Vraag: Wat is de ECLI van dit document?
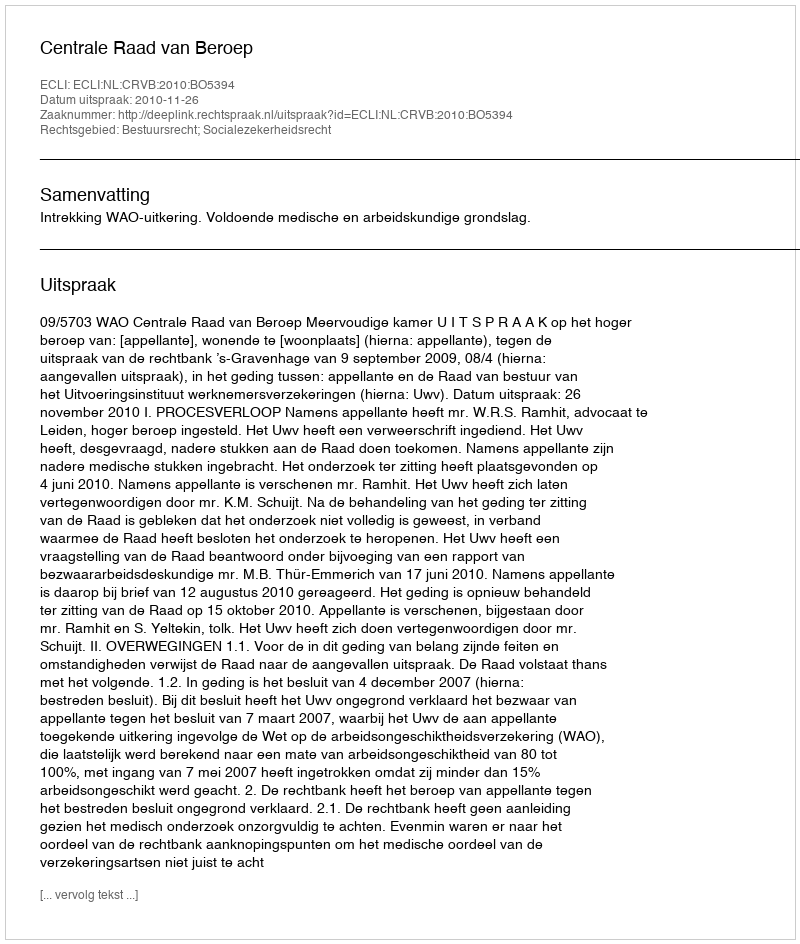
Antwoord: ECLI:NL:CRVB:2010:BO5394